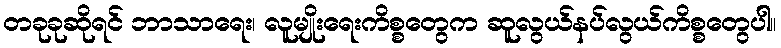
တခုခုဆိုရင် ဘာသာရေး၊ လူမျိုးရေးကိစ္စတွေက ဆူလွယ်နပ်လွယ်ကိစ္စတွေပါ။